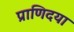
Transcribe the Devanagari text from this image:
प्राणिदया